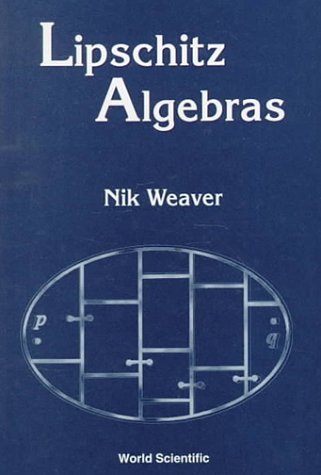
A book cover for Lipschitz Algebras; N. Weaver; Science & Math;